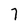
Character: 7